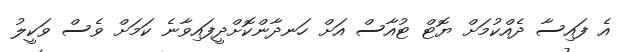
އެ ފައިސާ ދެއްކުމަށް ޔޮޓް ޓުއާސް އަށް ހަނދާންކޮށްދީފައިވާނެ ކަމަށް ވެސް ވަކީލު